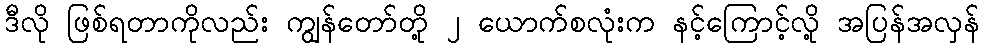
ဒီလို ဖြစ်ရတာကိုလည်း ကျွန်တော်တို့ ၂ ယောက်စလုံးက နင့်ကြောင့်လို့ အပြန်အလှန်